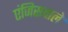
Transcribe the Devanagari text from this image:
एंजिसवाले